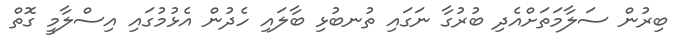
ބިރުން ސަލާމަތަށްއެދި ބުރުގާ ނަގައި ތުނބުޅި ބާލައި ހެދުން އެޅުމުގައި އިސްލާމީ ގޮތް